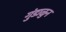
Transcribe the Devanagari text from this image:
गुंडाळुन